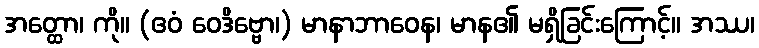
အတ္ထော၊ ကို။ (ဧဝံ ဝေဒိဗ္ဗော၊) မာနာဘာဝေန၊ မာန၏ မရှိခြင်းကြောင့်။ အဿ၊